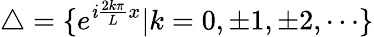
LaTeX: \triangle=\{ e^{\mathit{i}\frac{{2k\pi}}{L}x}|k=0,\pm1,\pm2,\cdots\}